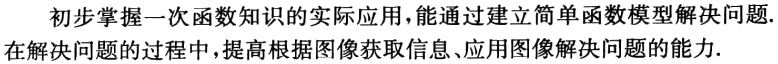
初步掌握一次函数知识的实际应用，能通过建立简单函数模型解决问题.
在解决问题的过程中，提高根据图像获取信息、应用图像解决问题的能力.